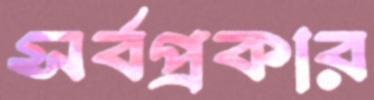
সর্বপ্রকার